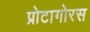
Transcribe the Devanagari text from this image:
प्रोटागोरस